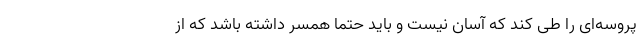
پروسه‌ای را طی کند که آسان نیست و باید حتما همسر داشته باشد که از